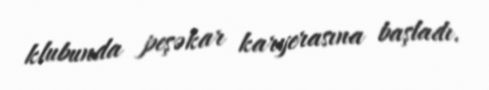
klubunda peşəkar karyerasına başladı.